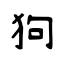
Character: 狗